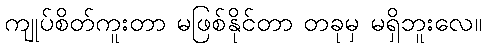
ကျုပ်စိတ်ကူးတာ မဖြစ်နိုင်တာ တခုမှ မရှိဘူးလေ။